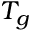
T _ { g }